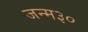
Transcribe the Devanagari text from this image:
जन्म३०